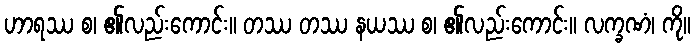
ဟာရဿ စ၊ ၏လည်းကောင်း။ တဿ တဿ နယဿ စ၊ ၏လည်းကောင်း။ လက္ခဏံ၊ ကို။